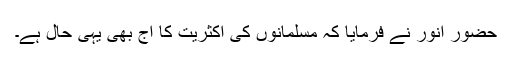
حضور انور نے فرمایا کہ مسلمانوں کی اکثریت کا آج بھی یہی حال ہے۔